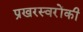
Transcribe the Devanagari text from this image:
प्रखरस्वरोंकी